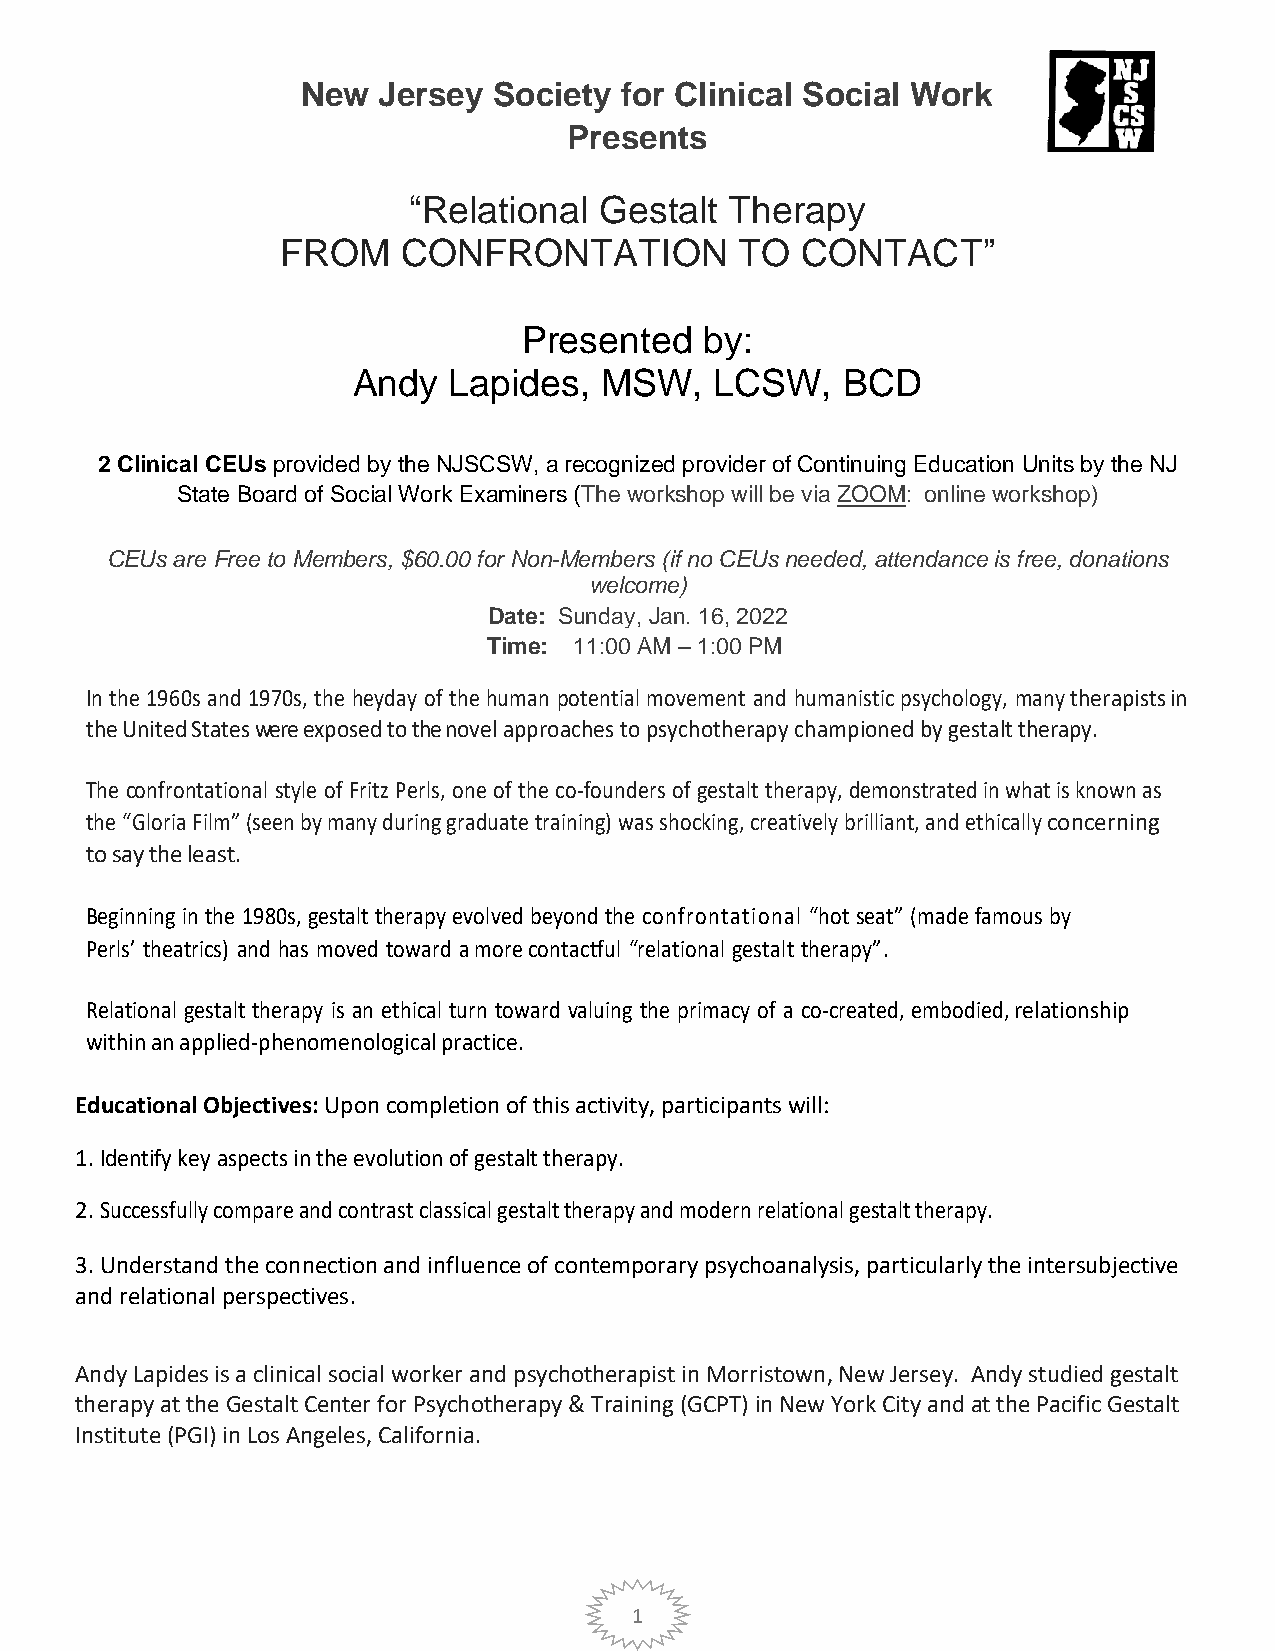
New  Jersey  Society for Clinical Social Work
 Presents
 “Relational  Gestalt Therapy
 FROM    CONFRONTATION         TO  CONTACT”
 Presented   by:
 Andy   Lapides,  MSW,   LCSW,    BCD
 2 Clinical CEUs provided by the NJSCSW, a recognized provider of Continuing Education Units by the NJ
 State Board of Social Work Examiners (The workshop will be via ZOOM: online workshop)
 CEUs are Free to Members, $60.00 for Non-Members (if no CEUs needed, attendance is free, donations
 welcome)
 Date: Sunday, Jan. 16, 2022
 Time: 11:00 AM – 1:00 PM
 In the 1960s and 1970s, the heyday of the human potential movement and humanistic psychology, many t herapists in
 the United States were exposed to the novel approaches to psychotherapy championed by gestalt therapy.
 The confrontational style of Fritz Perls, one of the co-founders of gestalt therapy, demonstrated in what is known as
 the “Gloria Film” (seen by many during graduate training) was shocking, creatively brilliant, and ethically concerning
 to say the least.
 Beginning in the 1980s, gestalt therapy evolved beyond the confrontational “hot seat” (made famous by
 Perls’ theatrics) and has moved toward a more contactful “relational gestalt therapy”.
 Relational gestalt therapy is an ethical turn toward valuing the primacy of a co-created, embodied, relationship
 within an applied-phenomenological practice.
 Educational Objectives: Upon completion of this activity, participants will:
 1. Identify key aspects in the evolution of gestalt therapy.
 2. Successfully compare and contrast classical gestalt therapy and modern relational gestalt therapy.
 3. Understand the connection and influence of contemporary psychoanalysis, particularly the intersubjective
 and relational perspectives.
 Andy Lapides is a clinical social worker and psychotherapist in Morristown, New Jersey. Andy studied gestalt
 therapy at the Gestalt Center for Psychotherapy & Training (GCPT) in New York City and at the Pacific Gestalt
 Institute (PGI) in Los Angeles, California.
 1